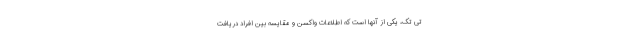
تی تک، یکی از آنها است که اطلاعات واکسن و مقایسه بین افراد دریافت